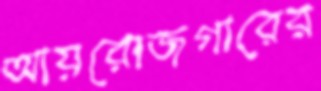
আয়রোজগারের